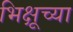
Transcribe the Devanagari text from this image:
भिक्षूच्या